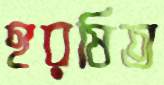
হরষিত